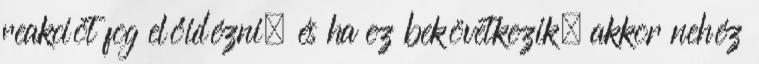
reakciót fog előidézni, és ha ez bekövetkezik, akkor nehéz